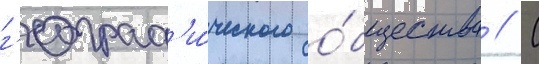
г'еограф'и́ческого о́бщества // С